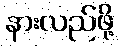
နားလည်ဖို့